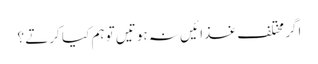
اگر مختلف غذا ئیں نہ ہوتیں تو ہم کیا کرتے ؟